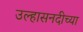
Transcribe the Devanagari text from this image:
उल्हासनदीच्या